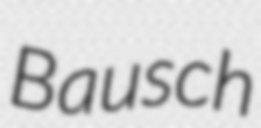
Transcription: Bausch